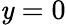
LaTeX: \mathit{y}=0